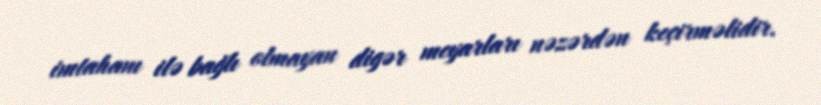
imtahanı ilə bağlı olmayan digər meyarları nəzərdən keçirməlidir.